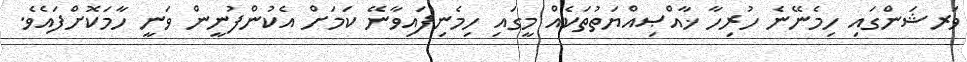
ވަރޝަންގައި ހިމެނޭނެ ހުރިހާ ޚާއްޞިއްޔަތުތަކެއް މީގައި ހިމެނިފައިވާނޭ ކަމަށް އެކުންފުނީން ވަނީ ހާމަކޮށްފައެވެ.